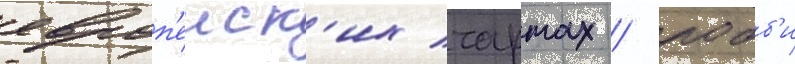
европ'еиск'их чартах / робб'и